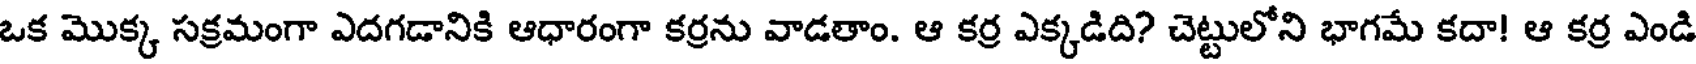
ఒక మొక్క సక్రమంగా ఎదగడానికి ఆధారంగా కర్రను వాడతాం. ఆ కర్ర ఎక్కడిది? చెట్టులోని భాగమే కదా! ఆ కర్ర ఎండి